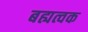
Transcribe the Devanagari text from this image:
बह्यत्वक